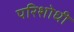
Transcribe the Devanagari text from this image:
परिशोधी